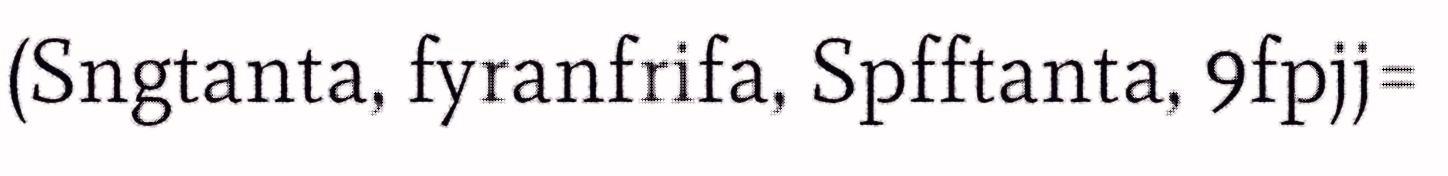
(Sngtanta, fyranfrifa, Spfftanta, 9fpjj=